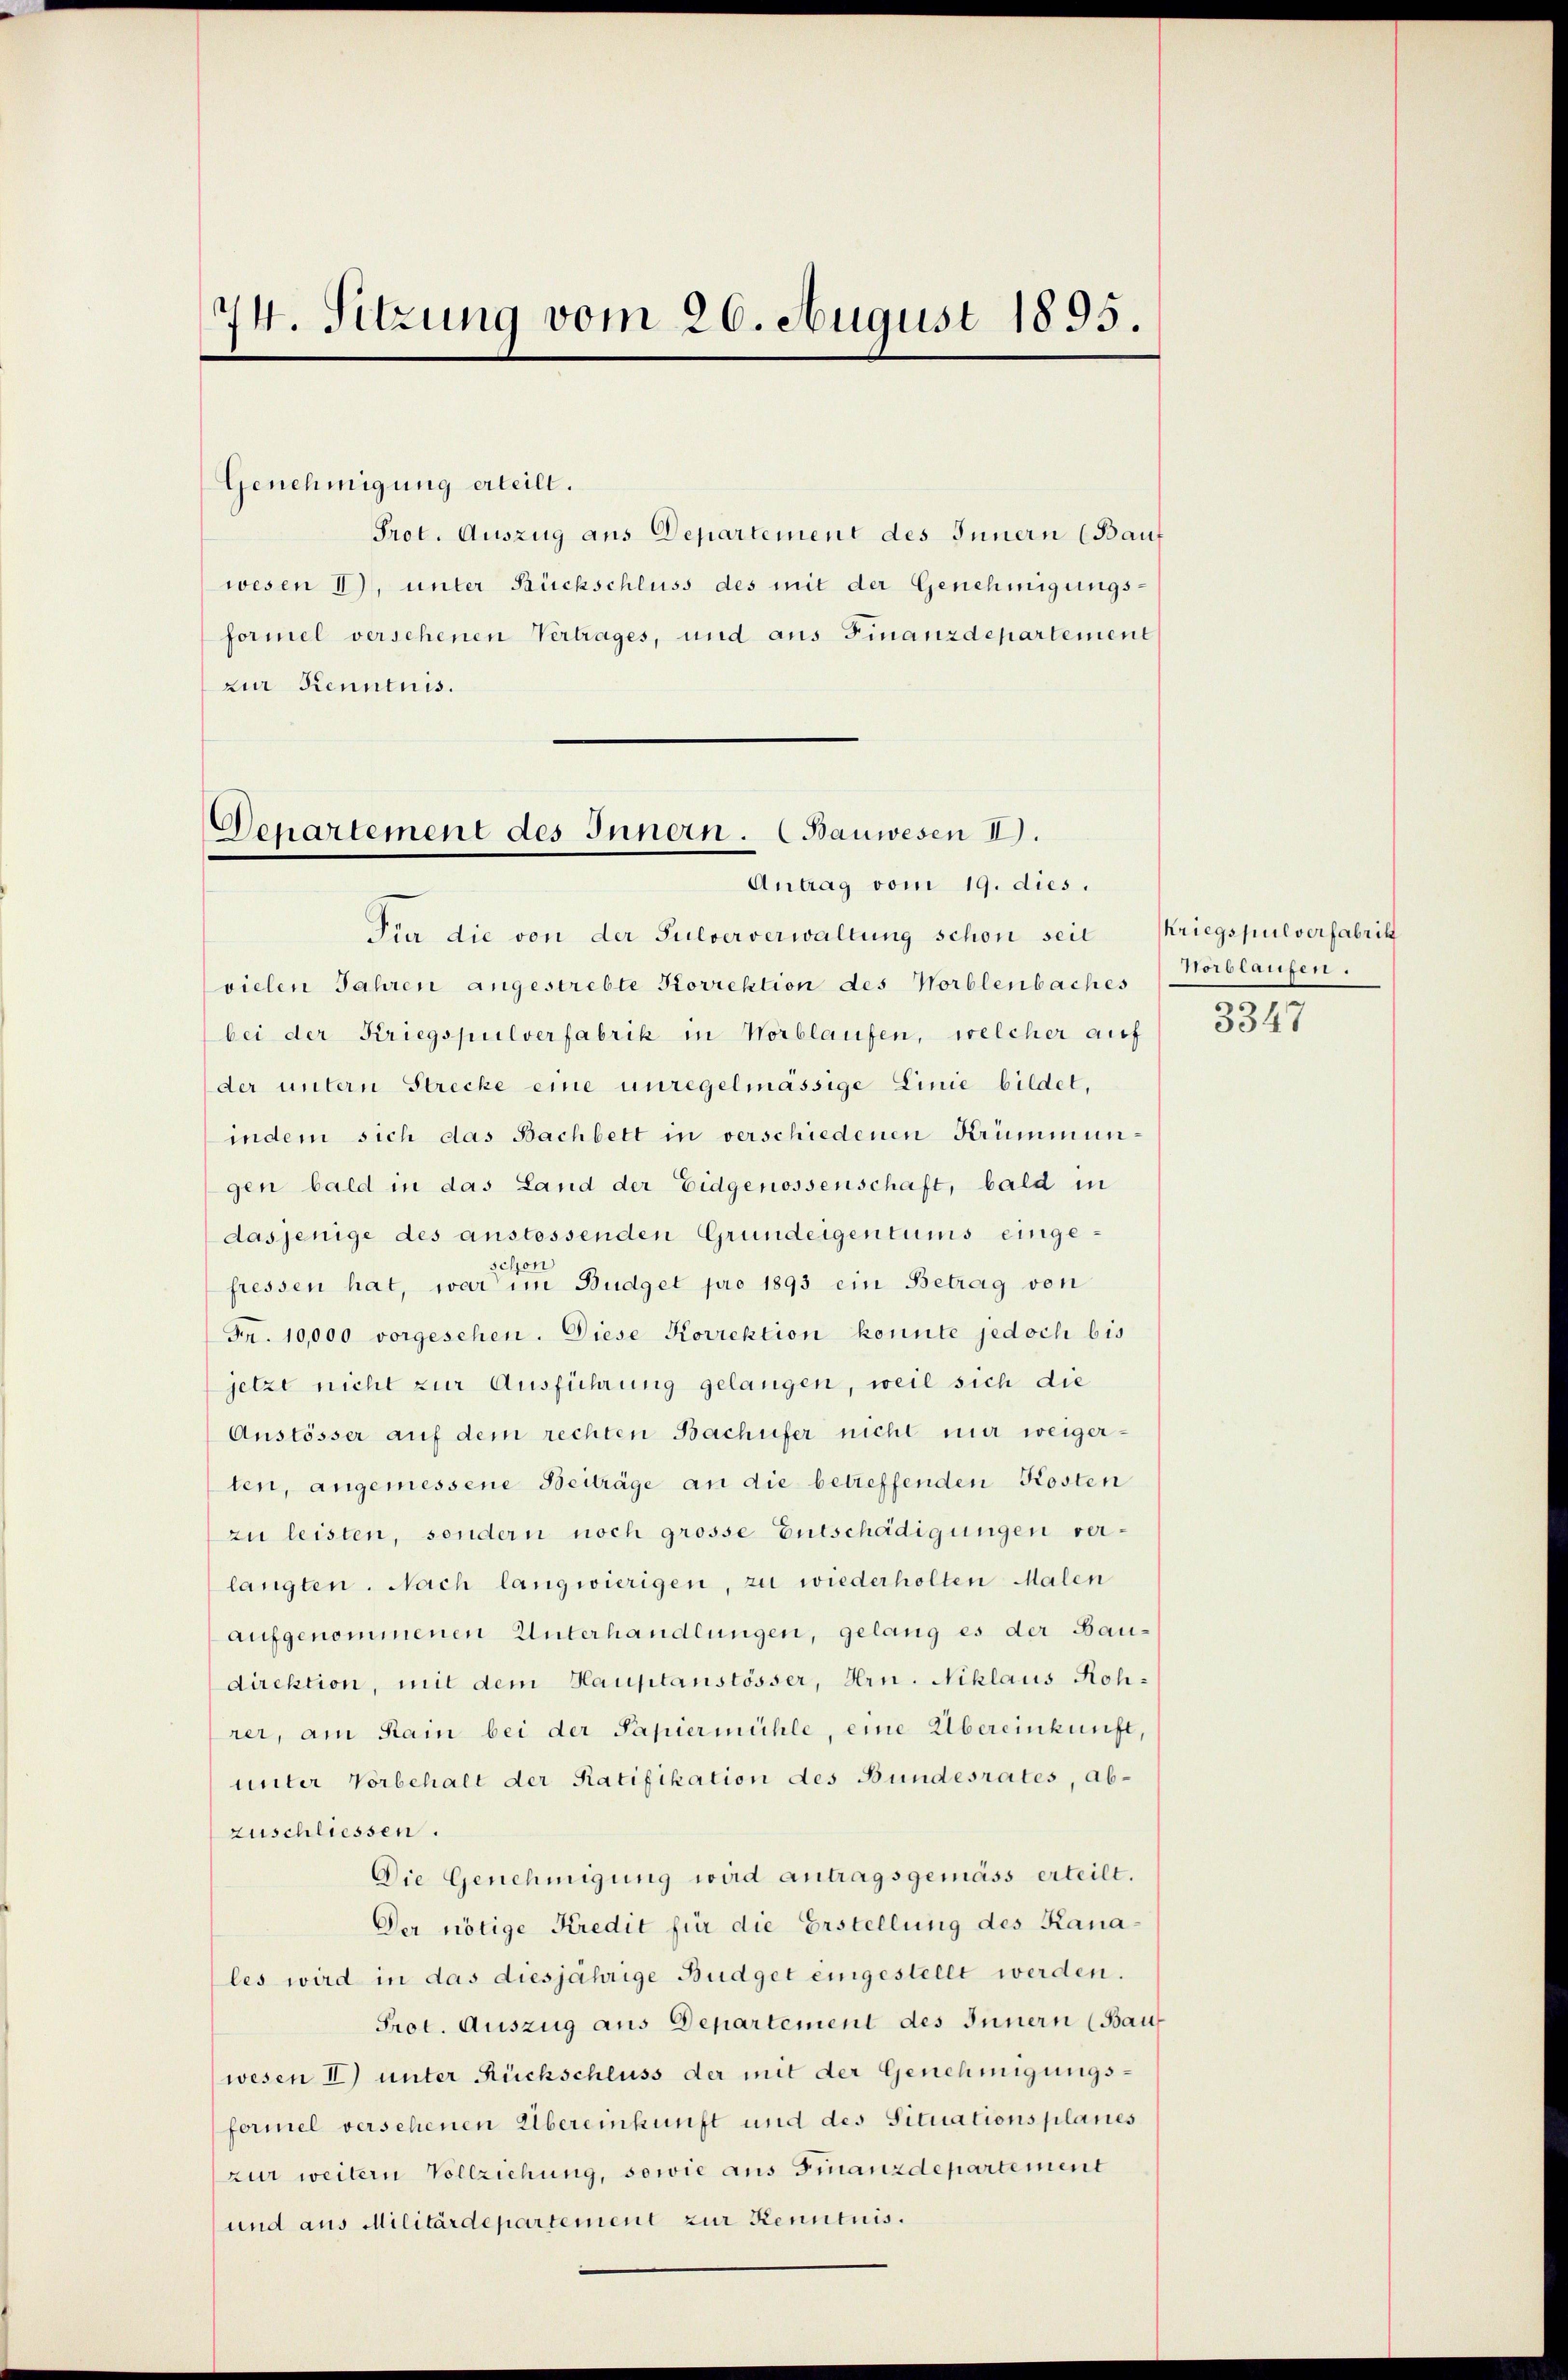
74. Sitzung vom 26. August 1895.

Genehmigung erteilt.
wesen 1), unter Rückschluss des mit der Genehmigungs-
formel versehenen Vertrages, und aus Finanzdepartement
zur Kenntnis.

Departement des Innern. (Bauwesen II).
Antrag vom 19. dies.

Für die von der Pulververwaltung schon seit (Kriegspulverfabrik
vielen Jahren angestrebte Korrektion des Worblenbaches
bei der Kriegspulverfabrik in Worblaufen, welcher auf
der untern Strecke eine unregelmässige Linie bildet,
indem sich das Bachbett in verschiedenen Krümmungen bald in das Land der Eidgenossenschaft, bald in
dasjenige des anstossenden Grundeigentums eingeschon
fressen hat, war im Budget pro 1893 ein Betrag von
Fr. 10,000 vorgesehen. Diese Korrektion konnte jedoch bis
jetzt nicht zur Ausführung gelangen, weil sich die
Anstösser auf dem rechten Bachufer nicht mir weigerten, angemessene Beiträge an die betreffenden Kosten
zu leisten, sondern noch grosse Entschädigungen verlangten. Nach langwierigen, zu wiederholten Malen
aufgenommenen Unterhandlungen, gelang es der Baudirektion, mit dem Hauptanstösser, Hrn. Niklaus Rohrer, am Rain bei der Papiermühle, eine Übereinkunft
unter Vorbehalt der Ratifikation des Bundesrates, abzuschliessen.
Die Genehmigung wird antragsgemäss erteilt.
Der nötige Kredit für die Erstellung des Kana-
les wird in das diesjährige Büdget eingestellt werden.
Prot. Auszug aus Departement des Innern (Bau
wesen II) unter Rückschluss der mit der Genehmigungsformel versehenen Übereinkunft und des Situationsplanes
zur weitern Vollziehung, sowie aus Finanzdepartement
und aus Militärdepartement zur Kenntnis.

Prot. Auszug aus Departement des Innern (Bauf

Hoblaufen.

3347